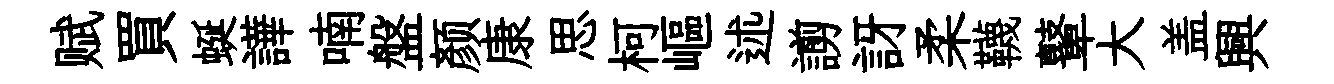
赋買蜒譁喃盤颜康思柯嶇述謭訝柔韈鼙大盖興